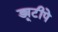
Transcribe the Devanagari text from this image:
ड्यूटीपे